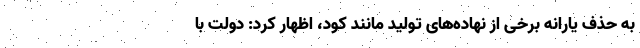
به حذف یارانه برخی از نهاده‌های تولید مانند کود، اظهار کرد: دولت با